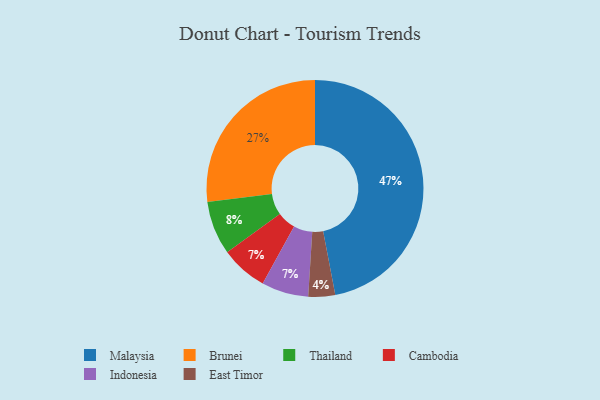
{"axis": {"x": "Category", "y": "Percentage"}, "legend": ["Brunei", "Cambodia", "East Timor", "Indonesia", "Malaysia", "Thailand"], "data": [{"x": "Cambodia", "y": 7, "type": "Cambodia"}, {"x": "East Timor", "y": 4, "type": "East Timor"}, {"x": "Malaysia", "y": 47, "type": "Malaysia"}, {"x": "Thailand", "y": 8, "type": "Thailand"}, {"x": "Brunei", "y": 27, "type": "Brunei"}, {"x": "Indonesia", "y": 7, "type": "Indonesia"}]}